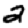
Digit: 2